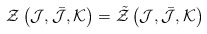
\begin{align*}{\cal Z} \left( {\cal J}, \bar{{\cal J}}, {\cal K} \right) =\tilde{{\cal Z}} \left( {\cal J}, \bar{{\cal J}}, {\cal K}\right)\end{align*}